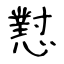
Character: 懟